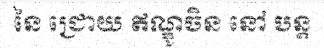
នៃ ជ្រោយ ឥណ្ឌូចិន នៅ បន្ត